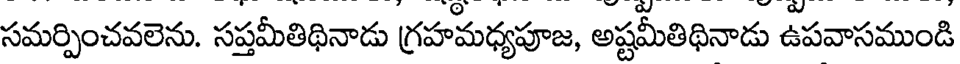
సమర్పించవలెను. సప్తమీతిథినాడు గ్రహమధ్యపూజ, అష్టమీతిథినాడు ఉపవాసముండి